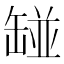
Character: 𱺲